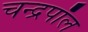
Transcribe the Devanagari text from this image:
चन्द्रपॉल